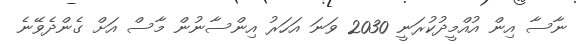
ނާސާ އިން އުއްމީދުކުރަނީ 2030 ވަނަ އަހަރު އިންސާނުން މާސް އަށް ގެންދެވޭނެ